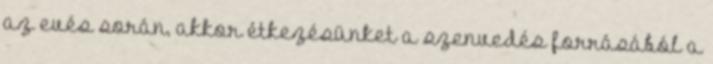
az evés során, akkor étkezésünket a szenvedés forrásából a